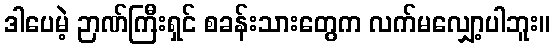
ဒါပေမဲ့ ဉာဏ်ကြီးရှင် စခန်းသားတွေက လက်မလျှော့ပါဘူး။